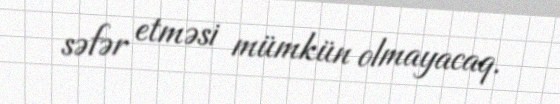
səfər etməsi mümkün olmayacaq.